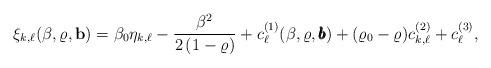
LaTeX: \begin{align*} \xi_{k,\ell} ( \beta, \varrho, \mathbf{b} )= \beta_0 \eta_{k,\ell} -\frac{\beta^2}{2\left( 1-\varrho \right)} + c^{(1)}_{\ell}(\beta, \varrho, \pmb{b}) + ( \varrho_0 - \varrho ) c^{(2)}_{k,\ell} + c^{(3)}_{\ell} , \end{align*}